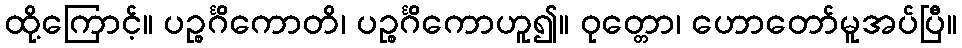
ထို့ကြောင့်။ ပဉ္စင်္ဂိကောတိ၊ ပဉ္စင်္ဂိကောဟူ၍။ ဝုတ္တော၊ ဟောတော်မူအပ်ပြီ။